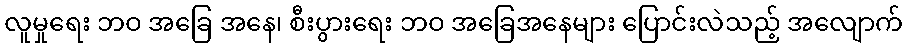
လူမှုရေး ဘဝ အခြေ အနေ၊ စီးပွားရေး ဘဝ အခြေအနေများ ပြောင်းလဲသည့် အလျောက်